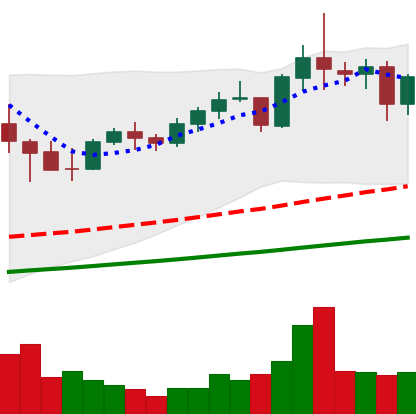
Ticker: NEO-USD
Chart end date: 2021-05-11
Forward return: -19.515%
Label: down_7plus